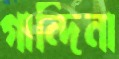
গান্দিনা